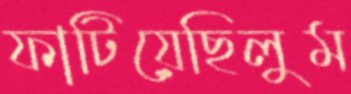
ফাটিয়েছিলুম